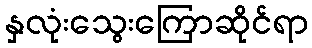
နှလုံးသွေးကြောဆိုင်ရာ